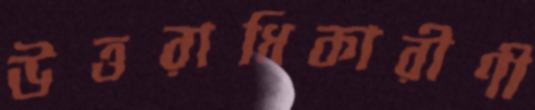
উত্তরাধিকারীণী